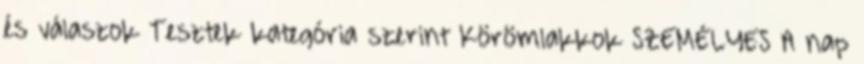
és válaszok Tesztek kategória szerint Körömlakkok SZEMÉLYES A nap